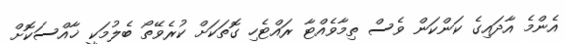
އެންމެ އާދައިގެ ކަންކަން ވެސް ތިމާވެއްޓާ ރައްޓެހި ގޮތަކަށް ކުރެވޭތޯ ބެލުމަކީ ޚާއްސަކޮށް